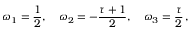
\omega _ { 1 } = \frac { 1 } { 2 } , \quad \omega _ { 2 } = - \frac { \tau + 1 } { 2 } , \quad \omega _ { 3 } = \frac { \tau } { 2 } \, ,